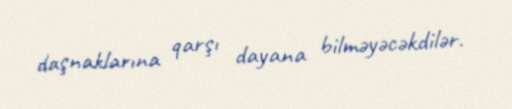
daşnaklarına qarşı dayana bilməyəcəkdilər.